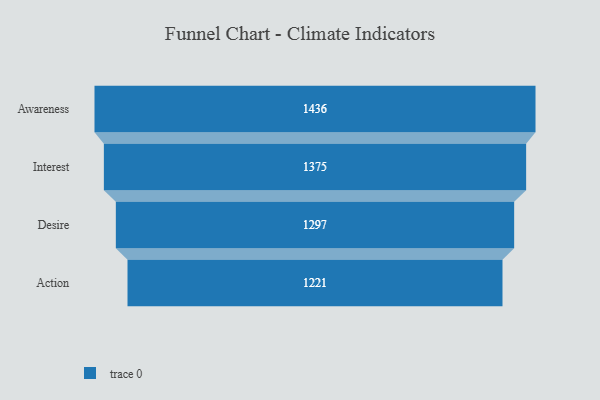
{"axis": {"x": "Stage", "y": "Value"}, "legend": [""], "data": [{"x": "Awareness", "y": 1436.0, "type": ""}, {"x": "Interest", "y": 1375.0, "type": ""}, {"x": "Desire", "y": 1297.0, "type": ""}, {"x": "Action", "y": 1221.0, "type": ""}]}